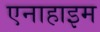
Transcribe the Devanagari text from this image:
एनाहाइम